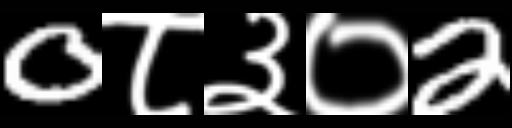
Text: 0८३०2